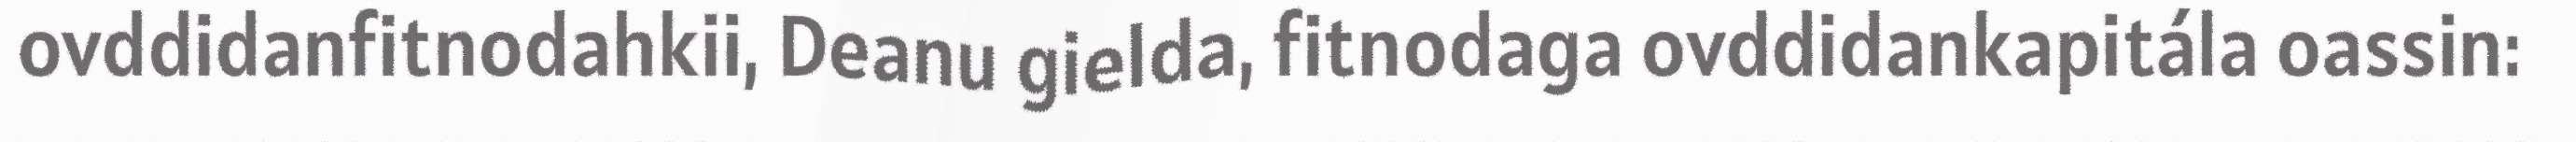
ovddidanfitnodahkii, Deanu gielda, fitnodaga ovddidankapitála oassin: